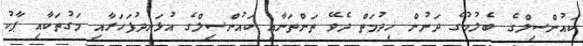
ކައުންސިލްގެ ބެލުމުގެ ދަށުން ޚިދުމަތް ދެވޭ ތަންތަނާއި ކައުންސިލްގެ އުޅަނދުފަހަރާއި މަގުތަކާއި ޕާކު